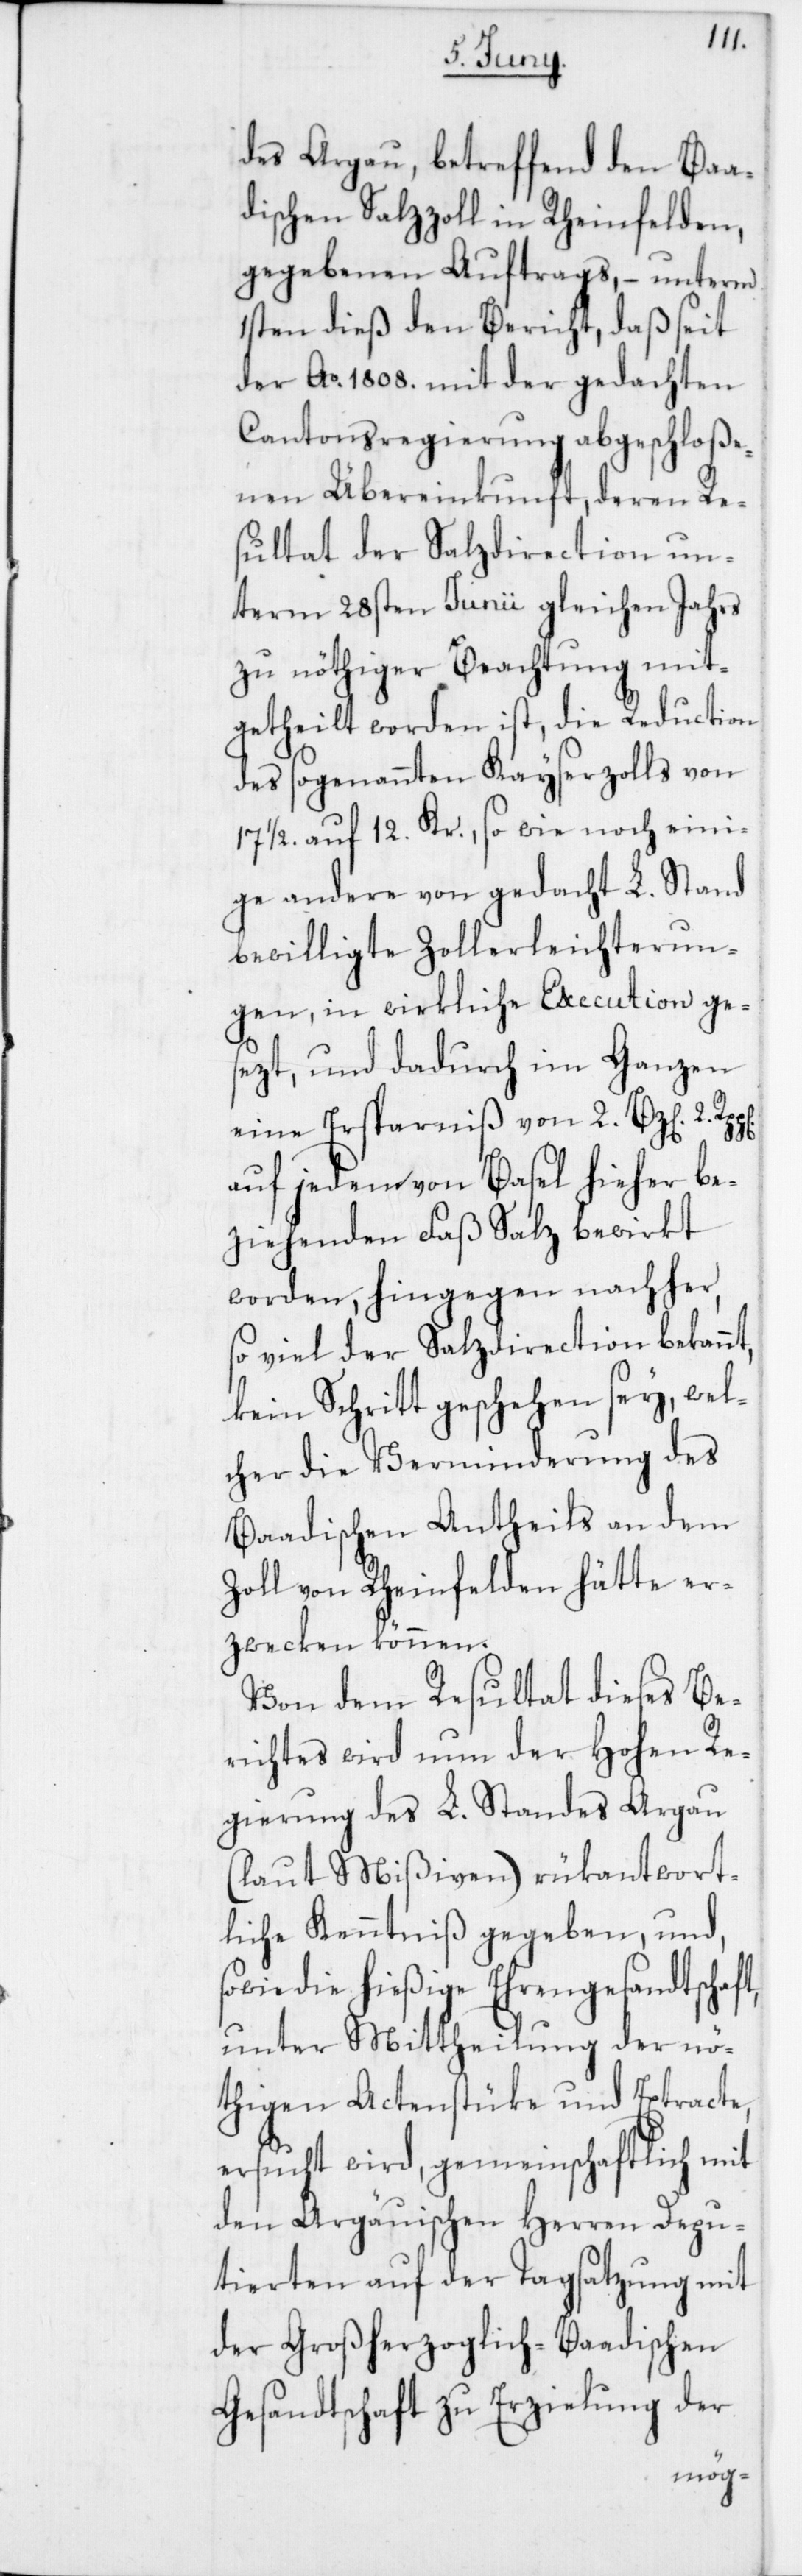
des Argau, betreffend den Baa¬
dischen Salzzoll in Rheinfelden,
gegebenen Auftrags, – unterm
1sten dieß den Bericht, daß seit
der Ao 1808. mit der gedachten
Cantonsregierung abgeschloße¬
nen Übereinkunft, deren Re¬
sultat der Salzdirection un¬
term 28sten Junii gleichen Jahrs
zu nöthiger Beachtung mit¬
getheilt worden ist, die Reduction
des sogenannten Kayserzolls von
17 ½. auf 12. Kr., so wie noch eini¬
ge andere von gedacht L. Stand
bewilligte Zollerleichterun¬
gen, in wirkliche Execution ge¬
sezt, und dadurch im Ganzen
eine Ersparniß von 2. Bz[en] 2.
auf jedem von Basel hieher be¬
ziehenden Faß Salz bewirkt
worden, hingegen nachher,
so viel der Salzdirection bekannt,
kein Schritt geschehen sey, wel¬
cher die Verminderung des
Baadischen Antheils an dem
Zoll von Rheinfelden hätte er¬
zwecken können.
Von dem Resultat dieses Be¬
richtes wird nun der Hohen Re¬
gierung des L. Standes Argau
(laut Mißiven) rükantwort¬
liche Kenntniß gegeben, und
sowie die hießige Ehrengesandtschaft,
unter Mittheilung der nö¬
thigen Actenstüke und Extracte,
ersucht wird, gemeinschaftlich mit
den Argäuischen Herren Depu¬
tierten auf der Tagsatzung mit
der Großherzoglich-Baadischen
Gesandtschaft zu Erzielung der